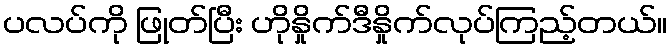
ပလပ်ကို ဖြုတ်ပြီး ဟိုနှိုက်ဒီနှိုက်လုပ်ကြည့်တယ်။